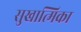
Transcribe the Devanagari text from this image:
सुखात्मिका